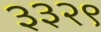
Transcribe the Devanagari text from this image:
३३२९